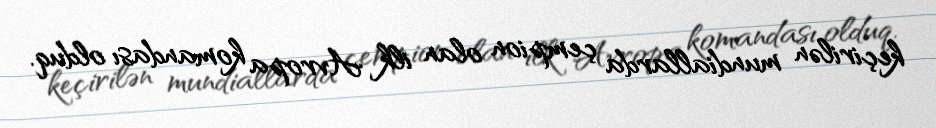
keçirilən mundiallarda çempion olan ilk Avropa komandası olduq.